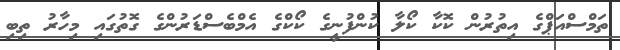
ތަމްސްއަޕްގެ އިތުރުން ކޮކާ ކޯލާ ކުންފުނީގެ ކޯކްގެ އެމްބެސްޑަރުންގެ ގޮތުގައި މިހާރު ތިބި